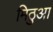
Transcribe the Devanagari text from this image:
मिठुआ